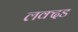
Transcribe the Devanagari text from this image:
लक्दड